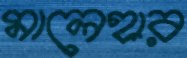
মালেহার